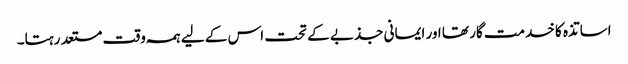
اساتذہ کا خدمت گار تھا اور ایمانی جذبے کے تحت اس کے لیے ہمہ وقت مستعد رہتا۔